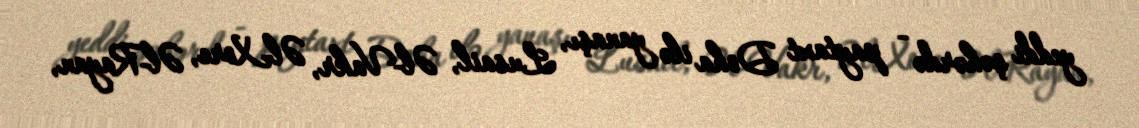
yeddi şəhərdə - paytaxt Doha ilə yanaşı, Lusail, Əl-Vakr, Əl-Xore, Əl-Rayan,